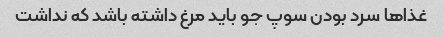
غذا‌ها سرد بودن سوپ جو باید مرغ داشته باشد که نداشت